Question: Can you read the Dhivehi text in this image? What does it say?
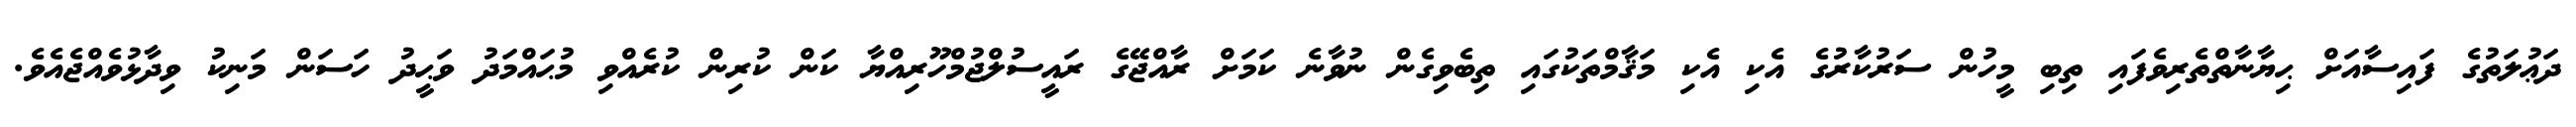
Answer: ދަޢުލަތުގެ ފައިސާއަށް ޙިޔާނާތްތެރިވެފައި ތިބި މީހުން ސަރުކާރުގެ އެކި އެކި މަޤާމްތަކުގައި ތިބެވިގެން ނުވާނެ ކަމަށް ރާއްޖޭގެ ރައީސުލްޖުމްހޫރިއްޔާ ކަން ކުރިން ކުރެއްވި މުޙައްމަދު ވަޙީދު ހަސަން މަނިކު ވިދާޅުވެއްޖެއެވެ.